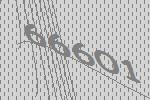
66601